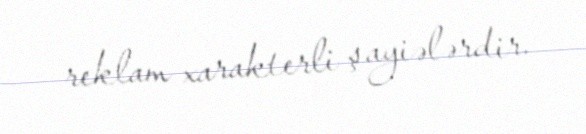
reklam xarakterli şayiələrdir.